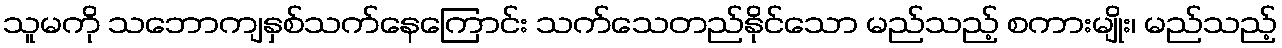
သူမကို သဘောကျနှစ်သက်နေကြောင်း သက်သေတည်နိုင်သော မည်သည့် စကားမျိုး၊ မည်သည့်